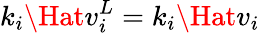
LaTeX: k_{i}\Hat{v}_{i}^{L}=k_{i}\Hat{v}_{i}